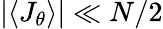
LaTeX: |\langle J_{\theta}\rangle|\ll N/2